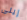
إيلى